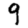
Digit: 9